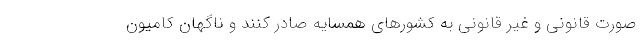
صورت قانوني و غير قانوني به كشورهاي همسايه صادر کنند و ناگهان كاميون